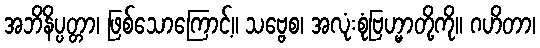
အဘိနိပ္ပတ္တာ၊ ဖြစ်သောကြောင့်။ သဗ္ဗေစ၊ အလုံးစုံဗြဟ္မာတို့ကို။ ဂဟိတာ၊